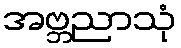
အဗ္ဘညာသုံ